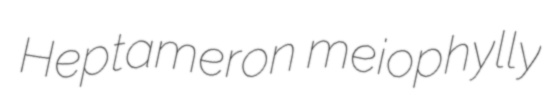
Heptameron meiophylly